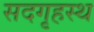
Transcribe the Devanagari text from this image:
सदगृहस्थ